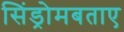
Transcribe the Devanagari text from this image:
सिंड्रोमबताए